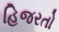
હિજરતો